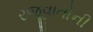
રજૂવાતોની